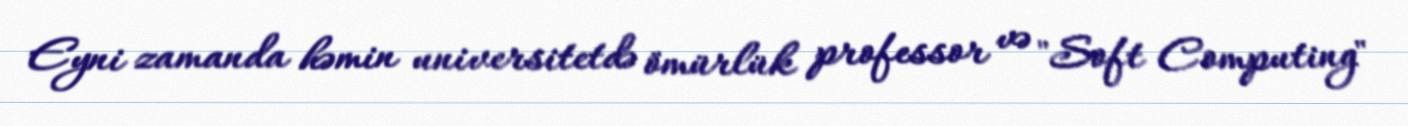
Eyni zamanda həmin universitetdə ömürlük professor və "Soft Computing"